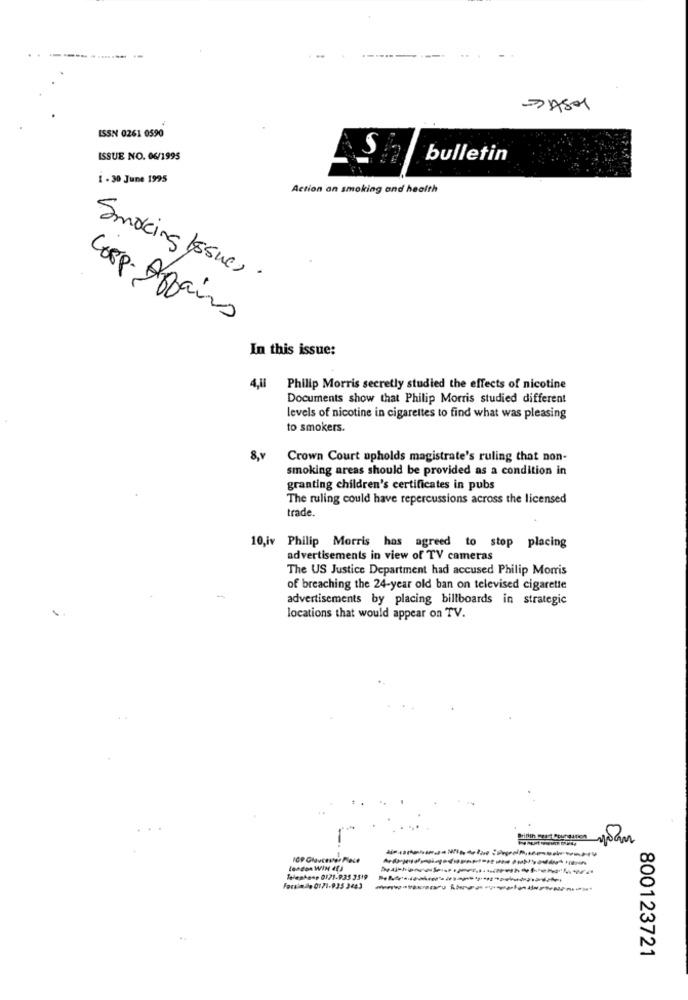
JASON
ISSN 0261 0590
ISSUE NO. 06/1995
S
bulletin
1 - 30 June 1995
Action an smoking and health
Smoking Issues.
Coop- Affairs
In this issue:
4,1
Philip Morris secretly studied the effects of nicotine
Documents show that Philip Morris studied different
levels of nicotine in cigarettes to find what was pleasing
to smokers.
8,v
Crown Court upholds magistrate's ruling that non-
smoking areas should be provided as a condition in
granting children's certificates in pubs
The ruling could have repercussions across the licensed
trade.
10,iv Philip Morris has agreed to stop placing
advertisements in view of TV cameras
The US Justice Department had accused Philip Morris
of breaching the 24-year old ban on televised cigarette
-
advertisements by placing billboards in strategic
locations that would appear on TV.
IGP Glauceww. Place
Telephone 0121.935 3519
Forsinde 0171.935 3443
800123721